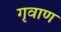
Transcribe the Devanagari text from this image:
गृवाण